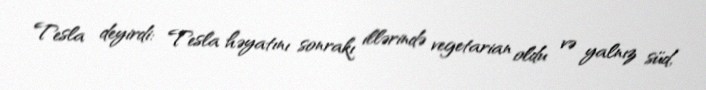
Tesla deyirdi: Tesla həyatını sonrakı illərində vegetarian oldu və yalnız süd,